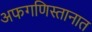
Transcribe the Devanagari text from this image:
अफगणिस्तानात